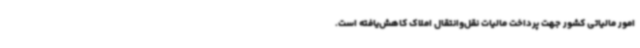
امور مالیاتی کشور جهت پرداخت مالیات نقل‌وانتقال املاک کاهش‌یافته است.